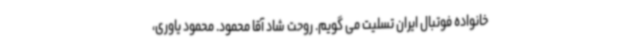
خانواده فوتبال ایران تسلیت می گویم. روحت شاد آقا محمود. محمود یاوری،